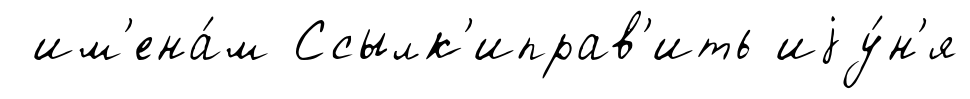
им'ена́м Ссылк'иправ'ить иjу́н'я